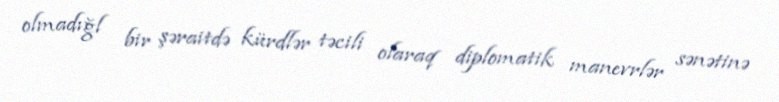
olmadığl bir şəraitdə kürdlər təcili olaraq diplomatik manevrlər sənətinə